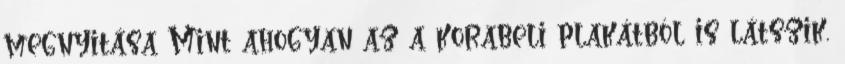
megnyitása Mint ahogyan az a korabeli plakátból is látszik,